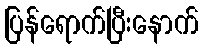
ပြန်ရောက်ပြီးနောက်